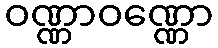
ဝဏ္ဏာဝဏ္ဏော